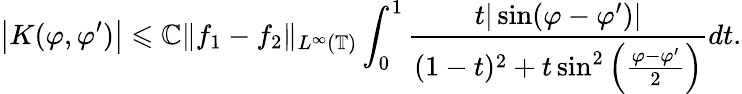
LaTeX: \big|K(\varphi,\varphi^{\prime})\big|\leqslant\mathbb{C}\| f_{1}-f_{2}\| _{L^{\infty}(\mathbb{{T}})}\int_{0}^{1}\frac{{t|\sin(\varphi-\varphi^{\prime})|}}{{(1-t)^{2}+t\sin^{2}\left(\frac{{\varphi-\varphi^{\prime}}}{{2}}\right)}}dt.